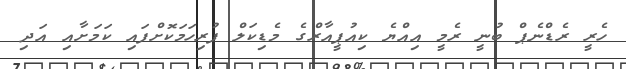
ހެރީ ރެޑްނެޕް ބުނީ ރެމީ އިއްޔެ ކިއުޕީއާރްގެ މެޑިކަލް ފުރިހަމަކޮށްފައި ކަމަށާއި އަދި